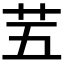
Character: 𫇩